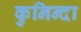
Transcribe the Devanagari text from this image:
कुनिन्दा